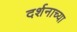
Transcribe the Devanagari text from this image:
दर्शनाच्या